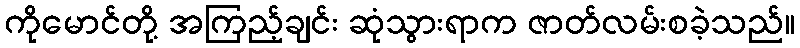
ကိုမောင်တို့ အကြည့်ချင်း ဆုံသွားရာက ဇာတ်လမ်းစခဲ့သည်။